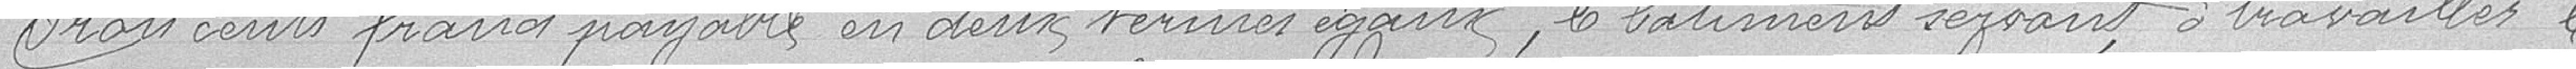
trois cents francs payables en deux termes égaux, le bâtiment servant à travailler le